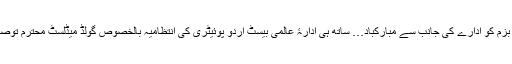
اس تاریخی پروگرام میں شریک معزّز موصوفیانِ اردو ادب اور تمامی رفقائے بزم کو ادارے کی جانب سے مبارکباد… ساتھ ہی ادارۂ عالمی بیسٹ اردو پوئیٹری کی انتظاميہ بالخصوص گولڈ میڈلسٹ محترم توصيف ترنل صاحب کو بے لوث خدمتِ اردو ادب کیلئے قلبی تہنیت پیش کرتا ہوں۔